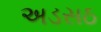
અડસઠ